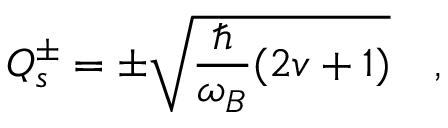
Q _ { s } ^ { \pm } = \pm \sqrt { \frac { \hbar } { \omega _ { B } } ( 2 v + 1 ) } \quad ,